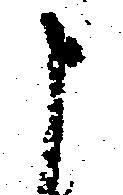
申